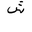
Letter: _shin